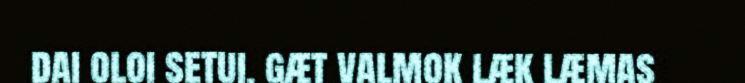
dai oloi setui, gæt valmok læk læmas